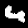
Label: 4